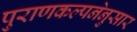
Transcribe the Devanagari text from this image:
पुराणकल्पनेनुसार